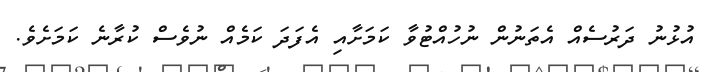
އުޅުނު ދަރުސެއް އެތަނުން ނުހުއްޓުވާ ކަމަށާއި އެފަދަ ކަމެއް ނުވެސް ކުރާނެ ކަމަށެވެ.